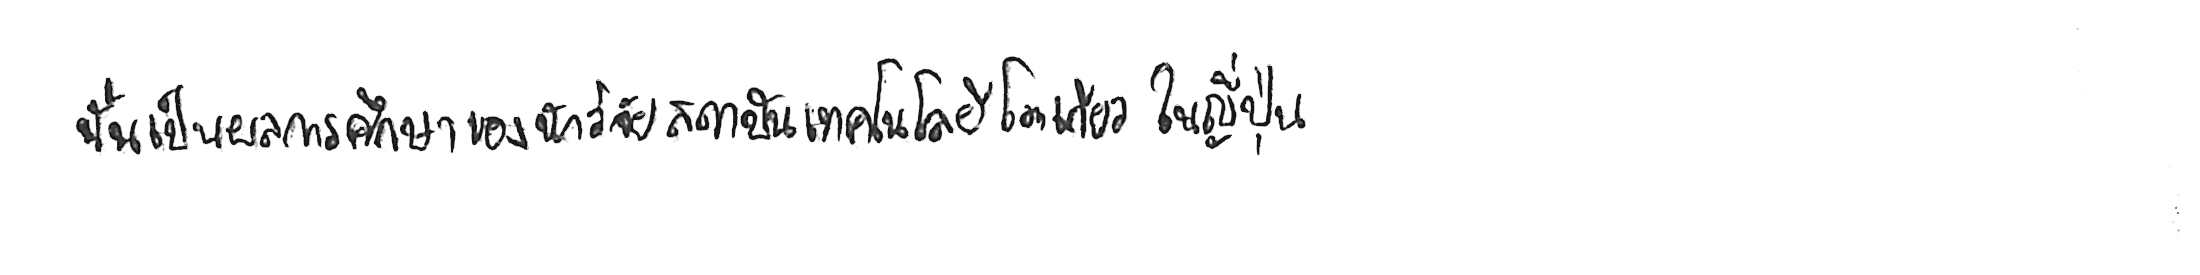
นั่นเป็นผลการศึกษาของนักวิจัยสถาบันเทคโนโลยีโตเกียว ในญี่ปุ่น